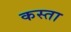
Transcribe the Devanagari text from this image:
कस्ता